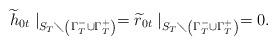
LaTeX: \begin{align*}\widetilde{h}_{0t}\mid _{S_{T}\diagdown \left( \Gamma _{T}^{-}\cup \Gamma_{T}^{+}\right) }=\widetilde{r}_{0t}\mid _{S_{T}\diagdown \left( \Gamma_{T}^{-}\cup \Gamma _{T}^{+}\right) }=0. \end{align*}